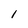
Character: l